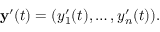
\mathbf { y } ^ { \prime } ( t ) = ( y _ { 1 } ^ { \prime } ( t ) , \ldots , y _ { n } ^ { \prime } ( t ) ) .